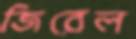
জিরেল